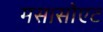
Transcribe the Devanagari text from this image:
मसासोएट